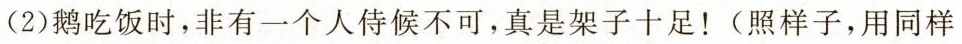
(2)鹅吃饭时，非有一个人侍候不可，真是架子十足！(照样子，用同样